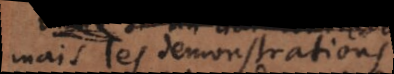
mais les demonstrations